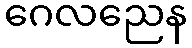
ဂေလညေန